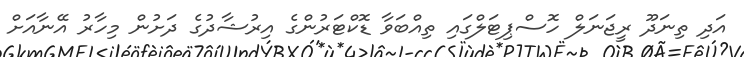
އަދި ތިނަދޫ ރީޖަނަލް ހޮސްޕިޓަލްގައި ތިއްބަވާ ޑޮކްޓަރުންގެ އިރުޝާދުގެ ދަށުން މިހާރު އޭނާއަށް